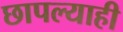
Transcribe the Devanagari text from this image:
छापल्याही